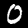
Label: 0